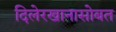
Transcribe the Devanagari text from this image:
दिलेरखानासोबत